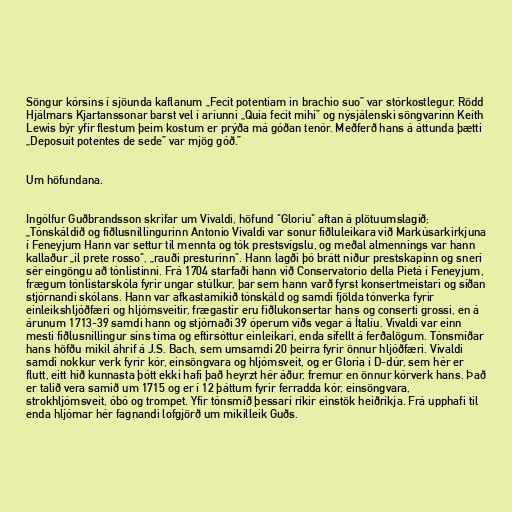
Söngur kórsins í sjöunda kaflanum „Fecit potentiam in brachio suo” var stórkostlegur. Rödd
Hjálmars Kjartanssonar barst vel í aríunni „Quia fecit mihi” og nýsjálenski söngvarinn Keíth
Lewis býr yfir flestum þeim kostum er prýða má góðan tenór. Meðferð hans á áttunda þætti
„Deposuit potentes de sede” var mjög góð.”

Um höfundana.

Ingólfur Guðbrandsson skrifar um Vivaldi, höfund "Gloriu" aftan á plötuumslagið;
„Tónskáldið og fiðlusnillingurinn Antonio Vivaldi var sonur fiðluleikara við Markúsarkirkjuna
í Feneyjum Hann var settur til mennta og tók prestsvígslu, og meðal almennings var hann
kallaður „il prete rosso", „rauði presturinn". Hann lagði þó brátt niður prestskapinn og sneri
sér eingöngu að tónlistinni. Frá 1704 starfaði hann við Conservatorio della Pietá í Feneyjum,
frægum tónlistarskóla fyrir ungar stúlkur, þar sem hann varð fyrst konsertmeistari og síðan
stjórnandi skólans. Hann var afkastamikið tónskáld og samdi fjölda tónverka fyrir
einleikshljóðfæri og hljómsveitir, frægastir eru fiðlukonsertar hans og conserti grossi, en á
árunum 1713-39 samdi hann og stjórnaði 39 óperum víðs vegar á Ítalíu. Vivaldi var einn
mesti fiðlusnillingur síns tíma og eftirsóttur einleikari, enda sífellt á ferðalögum. Tónsmíðar
hans höfðu mikil áhrif á J.S. Bach, sem umsamdi 20 þeirra fyrir önnur hljóðfæri. Vivaldi
samdi nokkur verk fyrir kór, einsöngvara og hljómsveit, og er Gloria í D-dúr, sem hér er
flutt, eitt hið kunnasta þótt ekki hafi það heyrzt hér áður, fremur en önnur kórverk hans. Það
er talið vera samið um 1715 og er í 12 þáttum fyrir ferradda kór, einsöngvara,
strokhljómsveit, óbó og trompet. Yfir tónsmíð þessari ríkir einstök heiðríkja. Frá upphafi til
enda hljómar hér fagnandi lofgjörð um mikilleik Guðs.